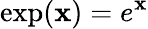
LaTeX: \exp(\mathbf{x})=e^{\mathbf{x}}